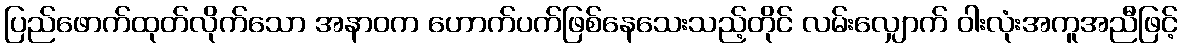
ပြည်ဖောက်ထုတ်လိုက်သော အနာဝက ဟောက်ပက်ဖြစ်နေသေးသည့်တိုင် လမ်းလျှောက် ဝါးလုံးအကူအညီဖြင့်